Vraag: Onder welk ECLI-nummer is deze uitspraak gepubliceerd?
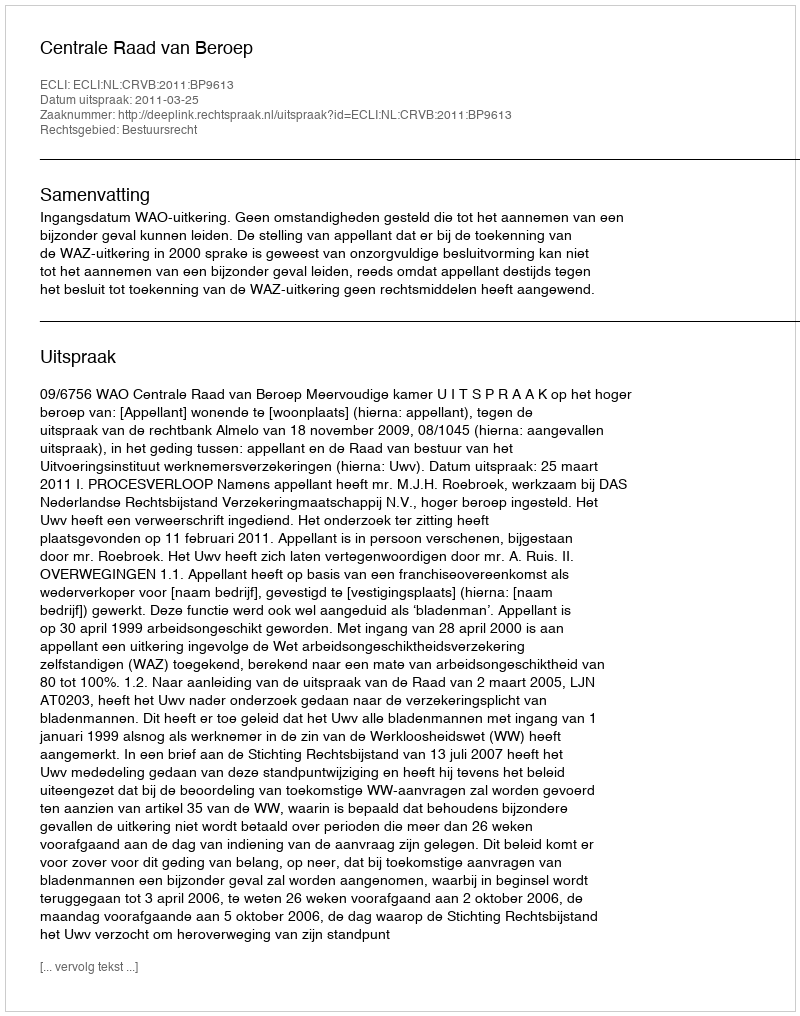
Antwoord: ECLI:NL:CRVB:2011:BP9613